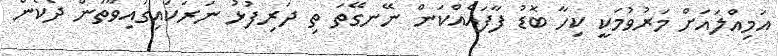
އަމިއްލައަށް މަރުވުމަކީ ކިހާ ބޮޑު ފާފައެއްކަން ނޭނގޭތަ ތި ދަރިފުޅު ނަރަކައިގައިވާތަން ދެކެން